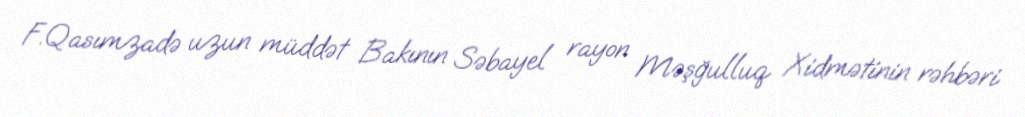
F.Qasımzadə uzun müddət Bakının Səbayel rayon Məşğulluq Xidmətinin rəhbəri